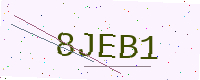
Text: 8JEB1